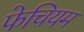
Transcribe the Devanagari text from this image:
फेचियम